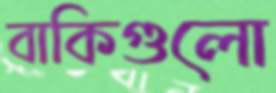
বাকিগুলো